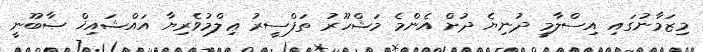
މިޒަމާނުގައި އިސްލާމީ ދުނިޔެ ދުށް އެންމެ މަޝްހޫރު ތަަފްސީރު ޢިލްމުވެރިޔާ އައްޝައިޚް ޞާބޫނީ